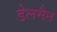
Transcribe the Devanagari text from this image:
डेलमैन